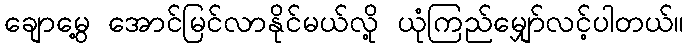
ချောမွေ့ အောင်မြင်လာနိုင်မယ်လို့ ယုံကြည်မျှော်လင့်ပါတယ်။